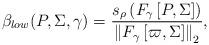
LaTeX: \begin{align*} \beta _{low} (P,\Sigma ,{\gamma}) = \frac{ s_\rho \left( F_\gamma \left[ P , \Sigma \right] \right) }{ \left\| F_{\gamma} \left[ \varpi ,\Sigma \right] \right\|_2 } ,\end{align*}